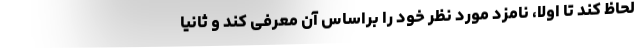
لحاظ کند تا اولاً، نامزد مورد نظر خود را براساس آن معرفی کند و ثانیاً